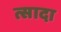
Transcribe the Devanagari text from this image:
त्सादा